Report of the Imperial Institute of Veterinary Research, Muktesar
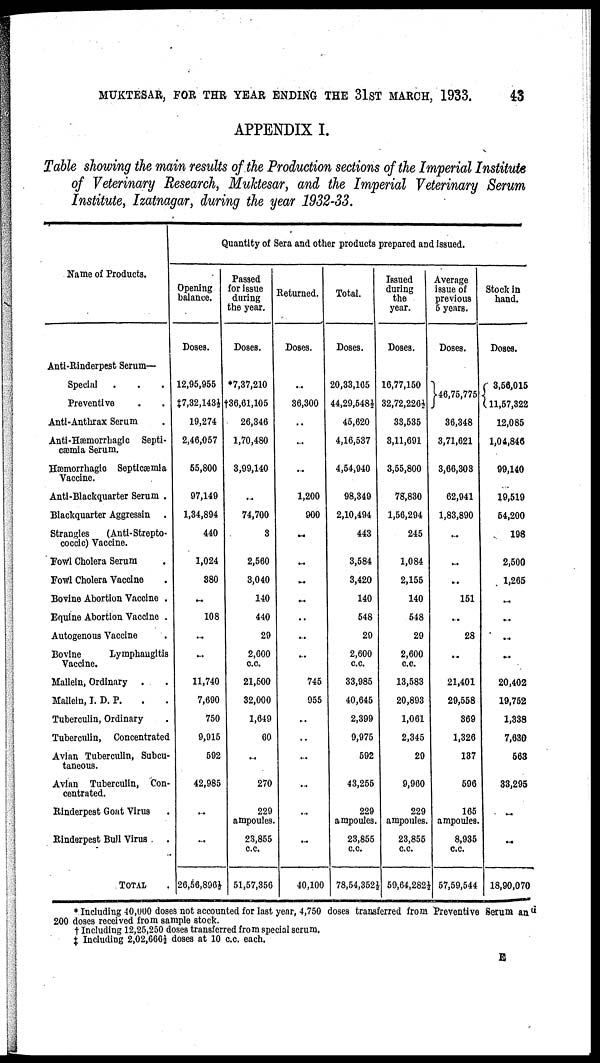
MUKTESAR, FOR THR YEAR ENDING THE 31ST MARCH, 1933.
43
APPENDIX I.
Table showing the main results of the Production sections of the Imperial Institute
of Veterinary Research, Muktesar, and the Imperial Veterinary Serum
Institute, Izatnagar, during the year 1932-33.
Name of Products.
Anti-Rinderpest Serum—
Special
Preventive
Anti-Anthrax Serum
Anti-Hæmorrhagic Septi-
cæmia Serum.
Hæmorrhagic Septicæmia
Vaccine.
Anti-Blackquarter Serum .
Blackquarter Aggressin .
Strangles
(Anti- Strepto-
coccic) Vaccine.
Fowl Cholera Serum
Fowl Cholera Vaccine
Bovine Abortion Vaccine .
Equine Abortion Vaccine .
Autogenous Vaccine
Bovine
Lymphangitis
Vaccine.
Mallein, Ordinary
.
Mallein, I. D. P.
Tuberculin, Ordinary
Tuberculin, Concentrated
Avian Tuberculin, Subcu-
taneous.
Avian Tuberculin, Con-
centrated.
Rinderpest Goat Virus
Rinderpest Bull Virus
TOTAL.
Quantity of Sera and other products prepared and issued.
Opening
balance.
Doses.
12,95,955
‡7,32,143½
19,274
2,46,057
55,800
97,149
1,34,894
440
1,024
380
..
108
..
..
11,740
7,690
750
9,915
592
42,985
..
..
26,56,896½
Passed
for issue
during
the year.
Doses.
*7,37,210
†36,61,105
26,346
1,70,480
3,99,140
..
74,700
3
2,560
3,040
140
440
29
2,600
c.c.
21,500
32,000
1,649
60
..
270
229
ampoules.
23,855
c.c.
51,57,356
Returned.
Doses.
..
36,300
...
1,200
900
..
..
..
..
..
..
..
745
955
..
..
40,100
Total.
Doses.
20,33,165
44,29,548½
45,620
4,16,537
4,54,940
98,349
2,10,494
443
3,584
3,420
140
548
29
2,600
c.c.
33,985
40,645
2,399
9,975
592
43,255
229
ampoules.
23,855
c.c.
78,54,352½
Issued
during
the
year.
Doses.
16,77,150
32,72,226½
33,535
3,11,691
3,55,800
78,830
1,56,294
245
1,084
2,155
140
548
29
2,600
c.c.
13,583
20,893
1,061
2,345
29
9,960
229
ampoules.
23,855
c.c.
59,64,282½
Average
issue of
previous
5 years.
Doses.
}46,75,775
36,348
3,71,621
3,66,303
62,941
1,83,890
..
..
..
151
..
28
..
21,401
29,558
369
1,326
137
596
165
ampoules.
8,935
c.c.
57,59,544
Stock in
hand.
Doses.
{ 3,56,015
11,57,322
12,085
1,04,846
99,140
19,519
54,200
198
2,500
1,265
..
..
..
..
20,402
19,752
1,338
7,630
563
33,295
..
..
18,90,070
* Including 40,000 doses not accounted for last year, 4,750 doses transferred from Preventive Serum and
200 doses received from sample stock.
† Including 12,25,250 doses transferred from special serum.
‡
E